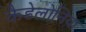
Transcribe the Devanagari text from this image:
कैडेलोनिया